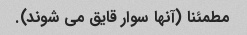
مطمئنا (آنها سوار قایق می شوند).